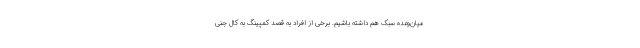
میان‌وعده سبک هم داشته باشیم. برخی از افراد به قصد کمپینگ به کال جنی